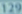
1297